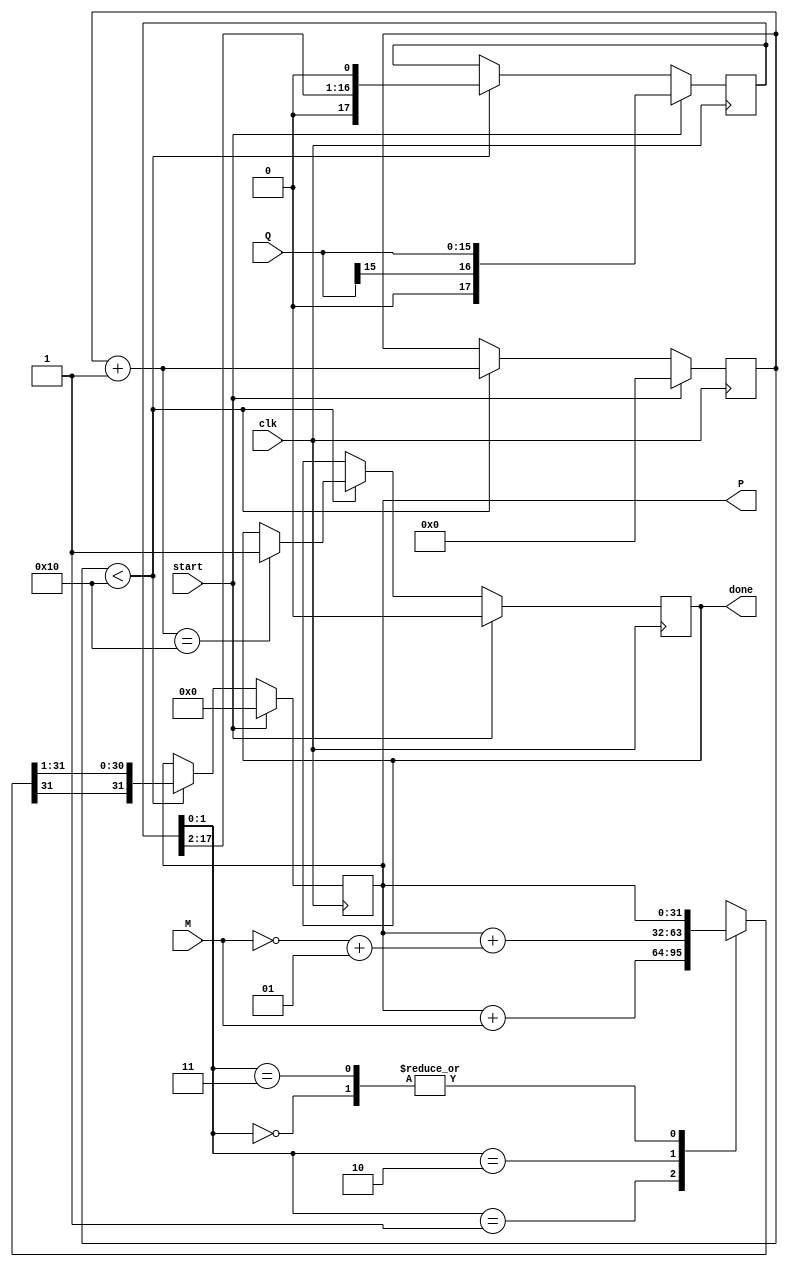
module modified_booth_multiplier (
    input signed [15:0] M, // 16-bit signed multiplicand
    input signed [15:0] Q, // 16-bit signed multiplier
    input clk,             // Clock signal
    input start,           // Start signal for multiplication
    output reg signed [31:0] P, // 32-bit signed product
    output reg done        // Done signal to indicate completion
);

    reg [17:0] Q_ext; // Extended multiplier (Q)
    reg [31:0] M_neg; // Negation of M
    reg [4:0] count;  // Count of iterations (up to multiplier width)
    
    initial begin
        P = 0;
        done = 0;
        M_neg = ~M + 1; // Compute negation of M
    end

    always @(posedge clk) begin
        if (start) begin
            // Step 1: Initialize values
            Q_ext = {Q[15], Q}; // Extend Q with an additional sign bit
            P = 0;
            count = 0;
            done = 0;
        end else if (count < 16) begin
            // Booth encoding logic
            case (Q_ext[1:0])
                2'b00: ; // No operation
                2'b01: P = P + M; // Add M
                2'b10: P = P + M_neg; // Subtract M (add negation)
                2'b11: ; // No operation
            endcase
            
            // Step 4: Arithmetic right shift
            P = {P[31], P[31:1]}; // Shift product right, preserving sign
            
            // Step 5: Prepare for next iteration
            Q_ext = {Q_ext[17:2], 1'b0}; // Shift Q_ext right

            // Increment count
            count = count + 1;

            // Check if done
            if (count == 16) begin
                done = 1; // Signal that multiplication is complete
            end
        end
    end
endmodule